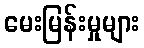
မေးမြန်းမှုများ